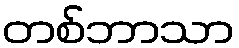
တစ်ဘာသာ